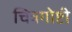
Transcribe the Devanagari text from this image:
चित्रगोष्टी